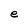
Character: e